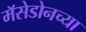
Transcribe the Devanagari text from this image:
मॅसेडोनच्या